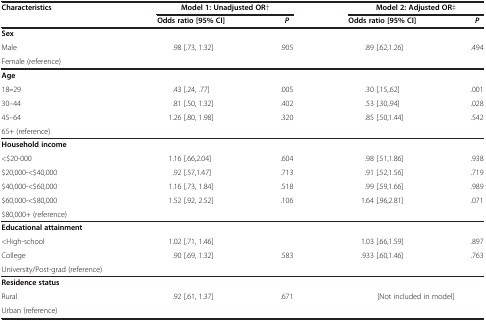
<table><thead><tr><td><b>Characteristics</b></td><td colspan="2"><b>Model 1: Unadjusted OR†</b></td><td colspan="2"><b>Model 2: Adjusted OR‡</b></td></tr><tr><td><b> </b></td><td><b>Odds ratio [95% CI]</b></td><td><b><i>P</i></b></td><td><b>Odds ratio [95% CI]</b></td><td><b><i>P</i></b></td></tr></thead><tbody><tr><td><b>Sex</b></td><td> </td><td> </td><td> </td><td> </td></tr><tr><td>Male</td><td>.98 [.73, 1.32]</td><td>.905</td><td>.89 [.62,1.26]</td><td>.494</td></tr><tr><td>Female (reference)</td><td> </td><td> </td><td> </td><td> </td></tr><tr><td><b>Age</b></td><td> </td><td> </td><td> </td><td> </td></tr><tr><td>18<b>–</b>29</td><td>.43 [.24, .77]</td><td>.005</td><td>.30 [.15,.62]</td><td>.001</td></tr><tr><td>30–44</td><td>.81 [.50, 1.32]</td><td>.402</td><td>.53 [.30,.94]</td><td>.028</td></tr><tr><td>45–64</td><td>1.26 [.80, 1.98]</td><td>.320</td><td>.85 [.50,1.44]</td><td>.542</td></tr><tr><td>65+ (reference)</td><td> </td><td> </td><td> </td><td> </td></tr><tr><td><b>Household income</b></td><td> </td><td> </td><td> </td><td> </td></tr><tr><td>&lt;$20-000</td><td>1.16 [.66,2.04]</td><td>.604</td><td>.98 [.51,1.86]</td><td>.938</td></tr><tr><td>$20,000-&lt;$40,000</td><td>.92 [.57,1.47]</td><td>.713</td><td>.91 [.52,1.56]</td><td>.719</td></tr><tr><td>$40,000-&lt;$60,000</td><td>1.16 [.73, 1.84]</td><td>.518</td><td>.99 [.59,1.66]</td><td>.989</td></tr><tr><td>$60,000-&lt;$80,000</td><td>1.52 [.92, 2.52]</td><td>.106</td><td>1.64 [.96,2.81]</td><td>.071</td></tr><tr><td>$80,000+ (reference)</td><td> </td><td> </td><td> </td><td> </td></tr><tr><td><b>Educational attainment</b></td><td> </td><td> </td><td> </td><td> </td></tr><tr><td>&lt;High-school</td><td>1.02 [.71, 1.46]</td><td> </td><td>1.03 [.66,1.59]</td><td>.897</td></tr><tr><td>College</td><td>.90 [.69, 1.32]</td><td>.583</td><td>.933 [.60,1.46]</td><td>.763</td></tr><tr><td>University/Post-grad (reference)</td><td> </td><td> </td><td> </td><td> </td></tr><tr><td><b>Residence status</b></td><td> </td><td> </td><td> </td><td> </td></tr><tr><td>Rural</td><td>.92 [.61, 1.37]</td><td>.671</td><td colspan="2">[Not included in model]</td></tr><tr><td>Urban (reference)</td><td> </td><td> </td><td> </td><td> </td></tr></tbody></table>